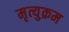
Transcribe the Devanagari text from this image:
मृत्युक्रम